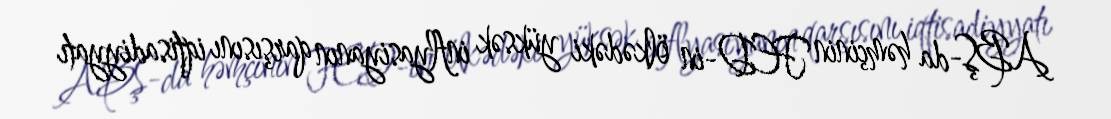
ABŞ-da həmçinin FED-in ölkədəki yüksək inflyasiyanın qarşısını iqtisadiyyatı